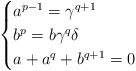
LaTeX: \begin{align*}\begin{cases}a^{p-1}=\gamma^{q+1}\\b^p=b\gamma^q\delta\\a+a^q+b^{q+1}=0\end{cases}\end{align*}